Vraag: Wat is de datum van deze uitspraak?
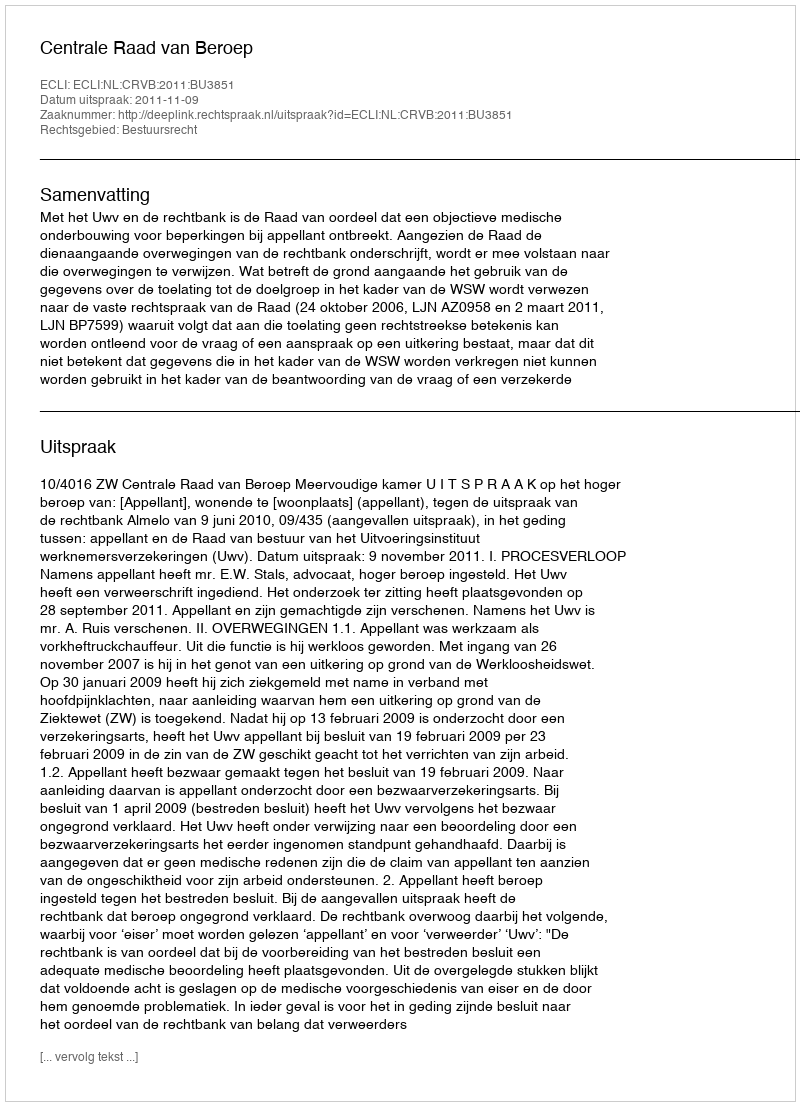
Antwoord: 2011-11-09